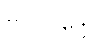
ဗလိဝဒ္ဒေါ